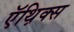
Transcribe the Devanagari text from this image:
ऍथ़िक्स